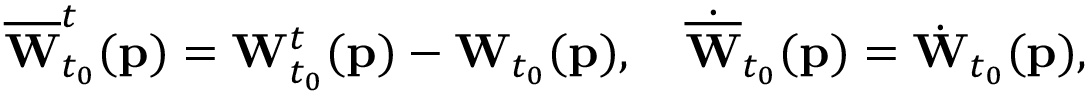
\begin{array} { r } { \overline { { \mathbf { W } } } _ { t _ { 0 } } ^ { t } ( \mathbf { p } ) = \mathbf { W } _ { t _ { 0 } } ^ { t } ( \mathbf { p } ) - \mathbf { W } _ { t _ { 0 } } ( \mathbf { p } ) , \quad \dot { \overline { { \mathbf { W } } } } _ { t _ { 0 } } ( \mathbf { p } ) = \dot { \mathbf { W } } _ { t _ { 0 } } ( \mathbf { p } ) , } \end{array}